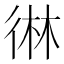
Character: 㣩